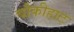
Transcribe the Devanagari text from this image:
चौकीहाट